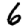
Digit: 6